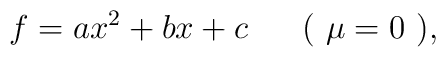
f=a x^2+b x+c\mbox{\ \ \ \ \ ( $\mu=0$ ),}